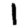
Digit: 1